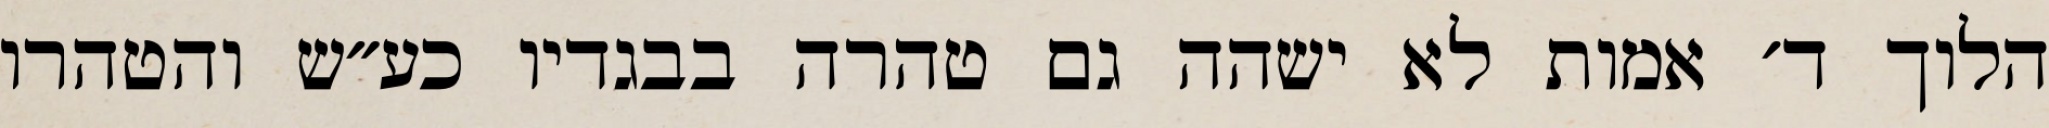
הלוך ד׳ אמות לא ישהה גם טהרה בבגדיו כע״ש והטהרו